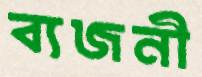
ব্যজনী